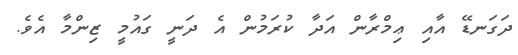
ދަގަނޑޭ އާއި ޢިމްރާން އަދާ ކުރަމުން އެ ދަނީ ގައުމީ ޒިންމާ އެވެ.